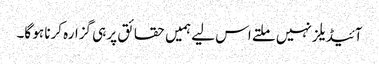
آئیڈیلز نہیں ملتے اس لیے ہمیں حقائق پر ہی گزارہ کرنا ہو گا۔